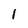
Character: 1